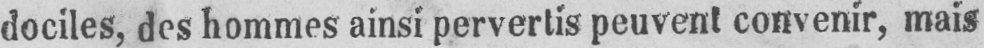
dociles, des hommes ainsi pervertis peuvent convenir, mais